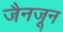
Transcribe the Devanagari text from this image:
जैनजून